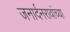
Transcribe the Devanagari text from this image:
जनार्दनरावांच्या